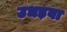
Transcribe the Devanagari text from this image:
उधड़वा